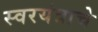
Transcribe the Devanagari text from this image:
स्वरयंत्राचे